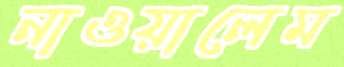
নাওয়ালেম